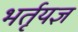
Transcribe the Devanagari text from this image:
भर्तृयज्ञ